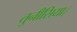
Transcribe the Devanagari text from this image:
तुनीसिया।